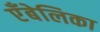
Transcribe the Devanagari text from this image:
एँबेलिका